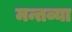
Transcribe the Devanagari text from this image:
मन्तव्या